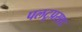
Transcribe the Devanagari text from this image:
पलटूप्रसाद